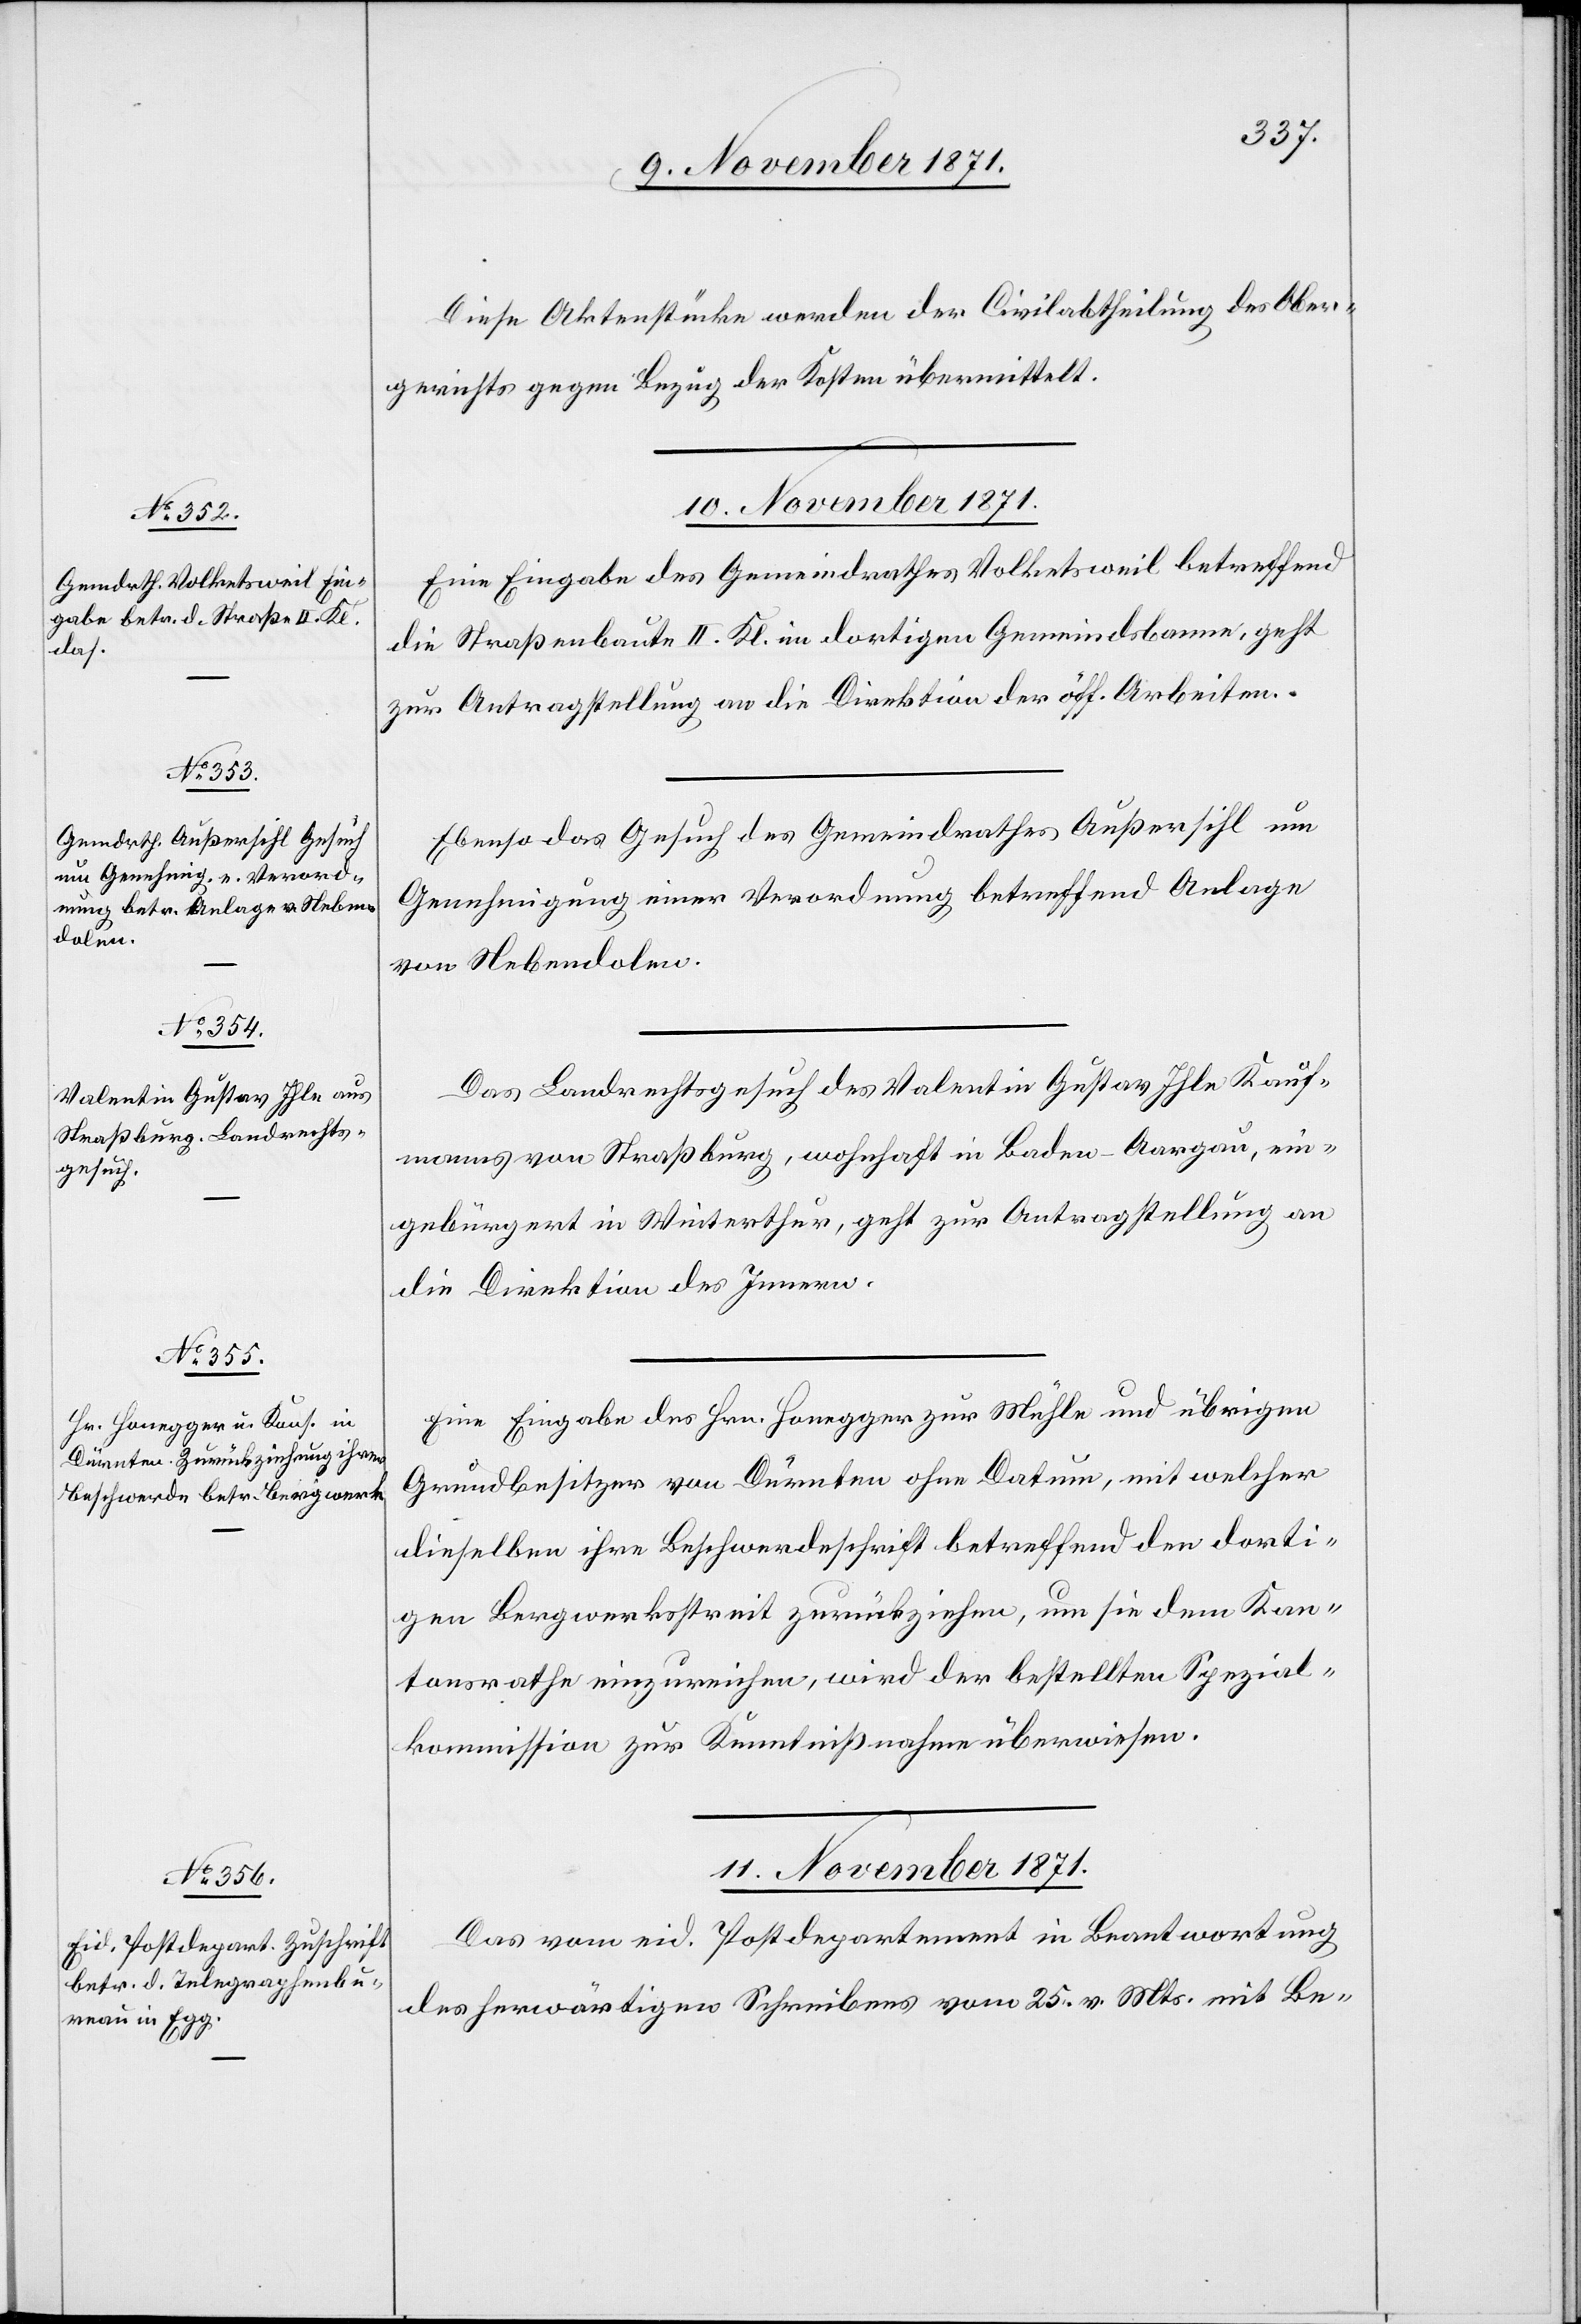
Diese Aktenstücke werden der Civilabtheilung des Ober¬
gerichts gegen Bezug der Kosten übermittelt.
10. November 1871.]
Eine Eingabe des Gemeindrathes Volketsweil betreffend
die Straßenbaute II. Kl. im dortigen Gemeindsbanne, geht
zur Antragstellung an die Direktion der öff. Arbeiten.
Ebenso das Gesuch des Gemeindrathes Außersihl um
Genehmigung einer Verordnung betreffend Anlage
von Nebendolen.
Das Landrechtsgesuch des Valentin Gustav Ihle Kauf¬
manns von Straßburg, wohnhaft in Baden-Aargau, ein¬
gebürgert in Winterthur, geht zur Antragstellung an
die Direktion des Innern.
Eine Eingabe des Hrn. Honegger zur Mühle und übrigen
Grundbesitzer von Dürnten ohne Datum, mit welcher
dieselben ihre Beschwerdeschrift betreffend den dorti¬
gen Bergwerkstreit zurückziehen, um sie dem Kan¬
tonsrathe einzureichen, wird der bestellten Spezial¬
kommission zur Kenntnißnahme überwiesen.
11. November 1871.
Das vom eid. Postdepartement in Beantwortung
des herwärtigen Schreibens vom 25. v. Mts. mit Be-